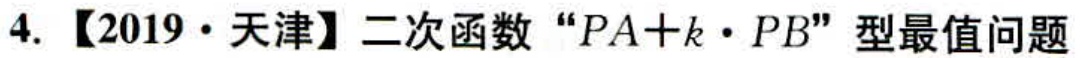
4. 【2019·天津】二次函数“\(PA + k\cdot PB\)”型最值问题